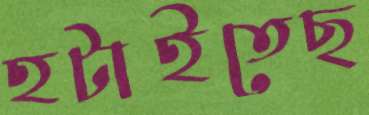
হটাইতেছ